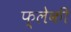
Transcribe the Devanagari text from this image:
फ्लेकी